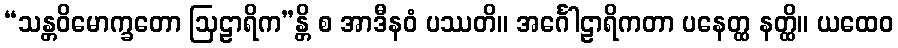
“သန္တဝိမောက္ခတော ဩဠာရိက”န္တိ စ အာဒီနဝံ ပဿတိ။ အင်္ဂေါဠာရိကတာ ပနေတ္ထ နတ္ထိ။ ယထေဝ